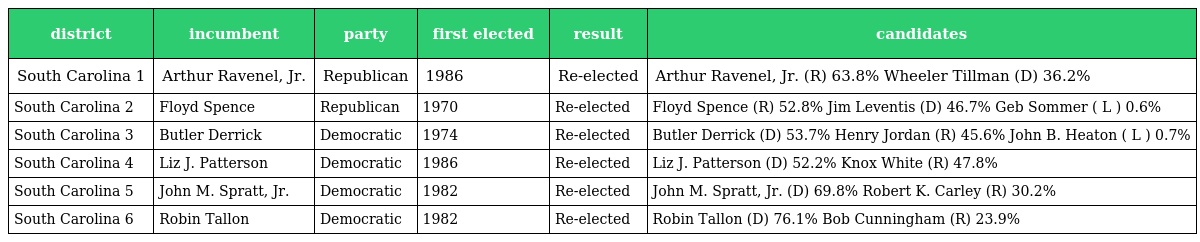
| district | incumbent | party | first elected | result | candidates |
 | --- | --- | --- | --- | --- | --- |
 | South Carolina 1 | Arthur Ravenel, Jr. | Republican | 1986 | Re-elected | Arthur Ravenel, Jr. (R) 63.8% Wheeler Tillman (D) 36.2% |
 | South Carolina 2 | Floyd Spence | Republican | 1970 | Re-elected | Floyd Spence (R) 52.8% Jim Leventis (D) 46.7% Geb Sommer ( L ) 0.6% |
 | South Carolina 3 | Butler Derrick | Democratic | 1974 | Re-elected | Butler Derrick (D) 53.7% Henry Jordan (R) 45.6% John B. Heaton ( L ) 0.7% |
 | South Carolina 4 | Liz J. Patterson | Democratic | 1986 | Re-elected | Liz J. Patterson (D) 52.2% Knox White (R) 47.8% |
 | South Carolina 5 | John M. Spratt, Jr. | Democratic | 1982 | Re-elected | John M. Spratt, Jr. (D) 69.8% Robert K. Carley (R) 30.2% |
 | South Carolina 6 | Robin Tallon | Democratic | 1982 | Re-elected | Robin Tallon (D) 76.1% Bob Cunningham (R) 23.9% |